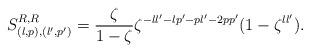
LaTeX: \begin{align*} S^{R,R}_{(l,p),(l',p')} = \frac{\zeta}{1-\zeta}\zeta^{-ll'-lp'-pl'-2pp'}(1-\zeta^{ll'}).\end{align*}